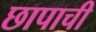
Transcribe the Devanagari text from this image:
छापाची